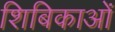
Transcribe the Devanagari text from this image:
शिबिकाओं